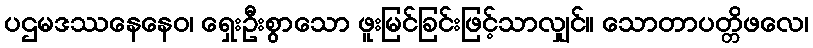
ပဌမဒဿနေနေဝ၊ ရှေးဦးစွာသော ဖူးမြင်ခြင်းဖြင့်သာလျှင်။ သောတာပတ္တိဖလေ၊